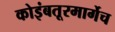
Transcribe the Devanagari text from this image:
कोइंबतूरमार्गेच